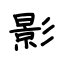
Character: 影